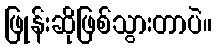
ဖြုန်းဆိုဖြစ်သွားတာပဲ။